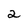
Character: 2